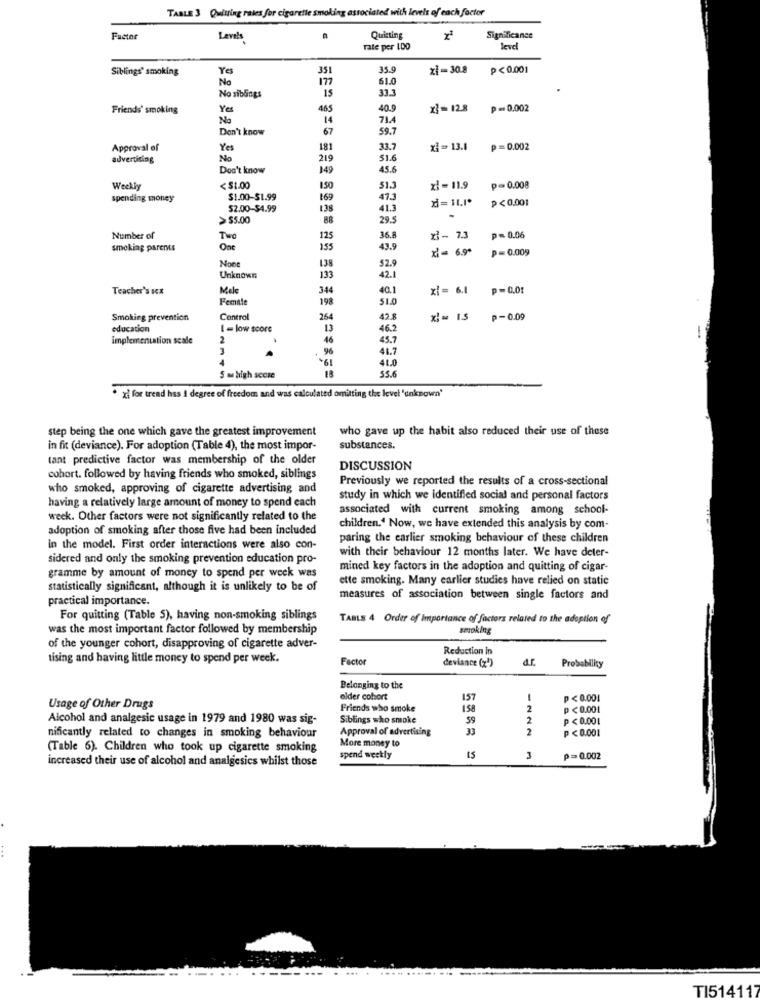
TABLE 3 Quiuing rates for cigarette smoking associated with levels of each factor
Factor
Levels
Quinting
Significance
rate per IDD
level
Siblings' smoking
Ye
351
35.9
zi-30.8
P < 0.001
No
177
61.0
15
33.3
No siblings
Friends' smoking
Yes
465
40.9
x]= 12.8
p=0.002
No
14
Don't know
67
59.7
Approval of
Yet
181
33.7
xi = 13.1
p=0.002
advertising
No
219
51.6
Don't know
149
45.6
Weekly
< $1.00
150
$1.3
xl- 11.9
p=0.008
spending money
$1.00-$1.99
169
47.3
P<0.001
52.00-$4.99
138
41.3
>$5.00
88
29.5
.
Number of
Tw
125
36.8
x3 - 7.3
p=0.06
smoking parents
Ont
155
43.9
xi= 6.9º
p= 0.009
138
133
$2.9
Unknown
42.1
Teacher's scX
Male
344
40.1
xi= 6.1 p=0.01
Female
198
51.0
Smoking prevention
Control
264
42.8
x= 15 p-0.09
education
1 = low score
13
46.2
implementation scale
2
46
45.7
96
19+
41.7
41.0
$5.6
S m high score
.xi for trend has i degree of freedom and was calculated omitting the level 'unknown'
step being the one which gave the greatest improvement
who gave up the habit also reduced their use of these
in fit (deviance). For adoption (Table 4), the most impor-
substances.
tant predictive factor was membership of the older
DISCUSSION
cohort. followed by having friends who smoked, siblings
Previously we reported the results of a cross-sectional
who smoked, approving of cigarette advertising and
having a relatively large amount of money to spend each
study in which we identified social and personal factors
associated with current smoking among school-
week. Other factors were not significantly related to the
adoption of smoking after those five had been included
children.' Now, we have extended this analysis by com-
paring the earlier smoking behaviour of these children
in the model. First order interactions were also con-
with their behaviour 12 months later. We have deler-
sidered and only the smoking prevention education pro-
gramme by amount of money to spend per week was
mined key factors in the adoption and quitting of cigar-
ette smoking. Many earlier studies have relied on static
statistically significant, although it is unlikely to be of
practical importance.
measures of association between single factors and
For quitting (Table 5), having non-smoking siblings
TABLE 4 Order of Importance of factors related to the adoption of
was the most important factor followed by membership
smoking
of the younger cohort, disapproving of cigarette adver-
Reduction in
tising and having little money to spend per week.
Factor
deviance (z')
a.r.
Probability
Belonging to the
elder cohort
157
p < 0.001
Usage of Other Drugs
Friends who smoke
158
2
P < 0.001
Alcohol and analgesic usage in 1979 and 1980 was sig-
Siblings who smoke
59
2
p <0.001
Approval of advertising
33
2
P < 0.001
nificantly related to changes in smoking behaviour
More money to
(Table 6). Children who took up cigarette smoking
increased their use of alcohol and analgesics whilst those
spend weekly
3
p=0.002
TI514117